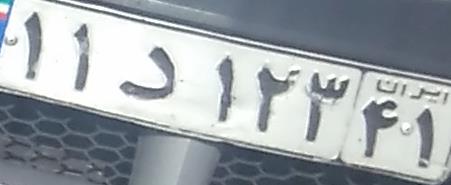
۱۱د۱۲۳۴۱